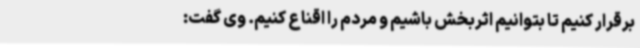
برقرار کنیم تا بتوانیم اثربخش باشیم و مردم را اقناع کنیم. وی گفت: